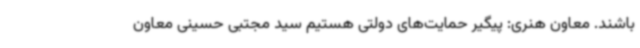
باشند. معاون هنری: پیگیر حمایت‌های دولتی هستیم سید مجتبی حسینی معاون